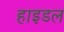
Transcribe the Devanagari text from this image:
हाइडल